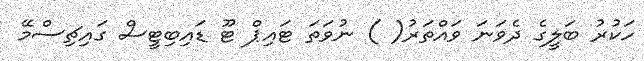
ހަކުރު ބަލީގެ ދެވަނަ ވައްތަރު( ) ނުވަތަ ޓައިޕް ޓޫ ޑައިބިޓީސް ގައިޗިސްމޭ